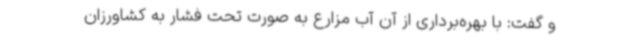
و گفت: با بهره‌برداری از آن آب مزارع به صورت تحت فشار به کشاورزان